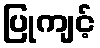
ပြုကျင့်